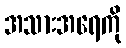
အသားအရေကို